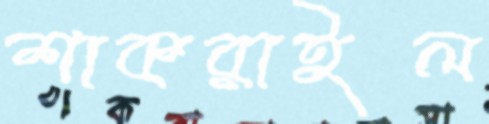
শাকরাইল